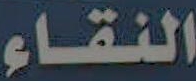
النقاء